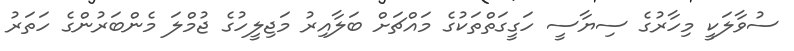
ސުވާލަކީ މިހާރުގެ ސިޔާސީ ހަގީގަތްތަކުގެ މައްޗަށް ބަލާއިރު މަޖިލީހުގެ ޖުމްލަ މެންބަރުންގެ ހަތަރު